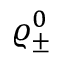
\varrho _ { \pm } ^ { 0 }